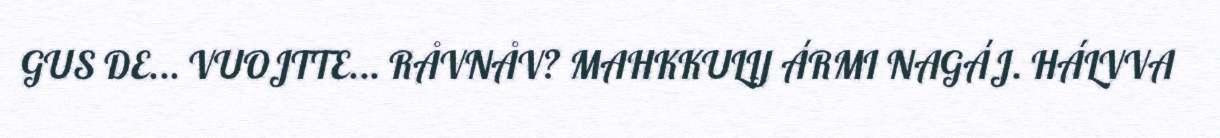
GUS DE... VUOJTTE... RÅVNÅV? MAHKKULIJ ÁRMI NAGÁJ. HÁLVVA